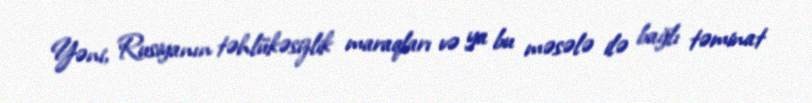
Yəni, Rusiyanın təhlükəsizlik maraqları və ya bu məsələ ilə bağlı təminat